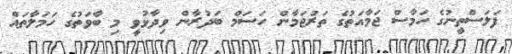
ފަލަސްތީނުގެ ހަމާސް ޖަމާއަތުގެ ތަރުޖަމާން ހަސަމް ބަދުރާން ވިދާޅުވީ މި ބާވަތުގެ ހަމަލާތައް